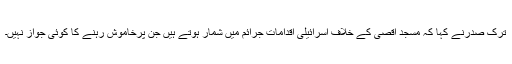
ترک صدرنے کہا کہ مسجد اقصیٰ کے خلاف اسرائیلی اقدامات جرائم میں شمار ہوتے ہیں جن پرخاموش رہنے کا کوئی جواز نہیں۔